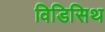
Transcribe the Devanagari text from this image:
विडिसिथ